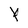
Character: Y